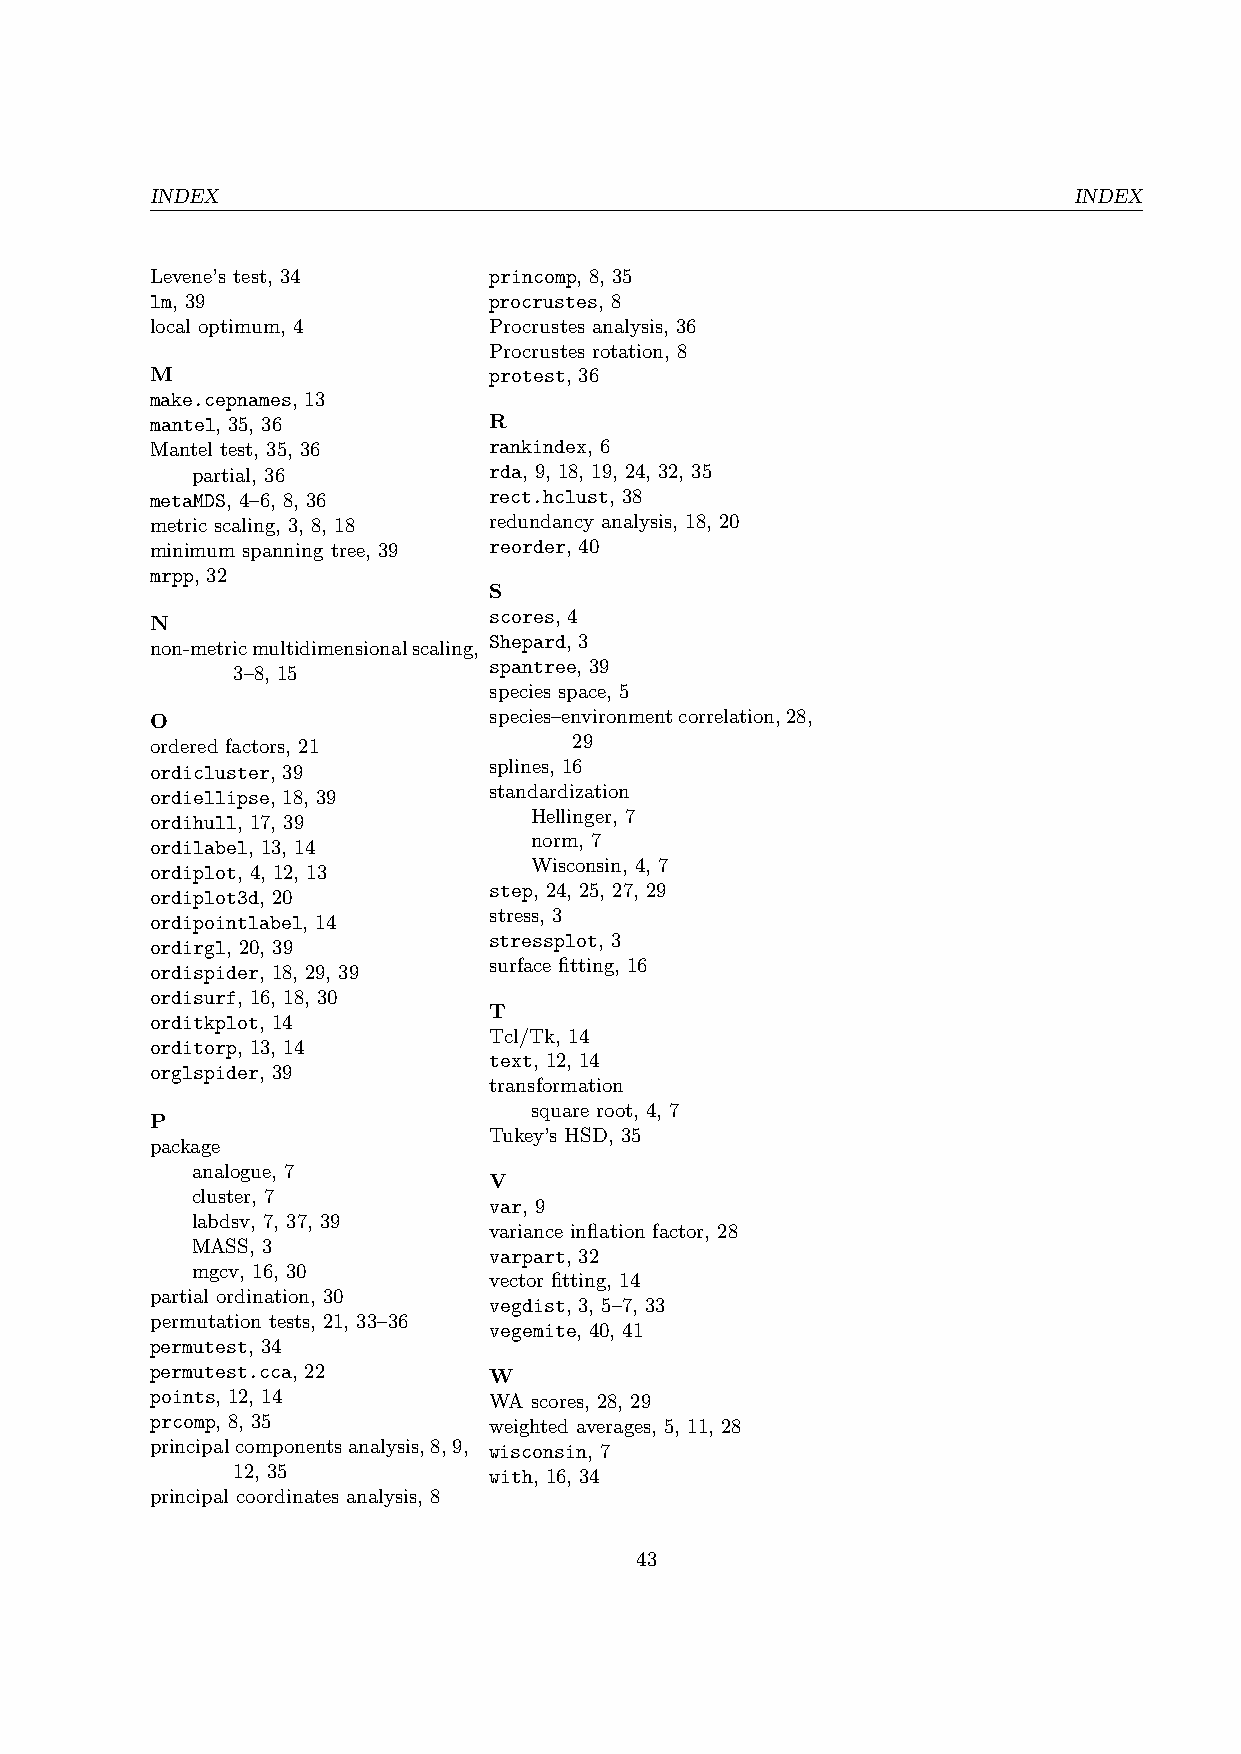
INDEX                                                        INDEX
 Levene’s test, 34     princomp, 8, 35
 lm, 39                procrustes, 8
 local optimum, 4      Procrustes analysis, 36
 Procrustes rotation, 8
 M                     protest, 36
 make.cepnames, 13
 mantel, 35, 36        R
 Mantel test, 35, 36   rankindex, 6
 partial, 36        rda, 9, 18, 19, 24, 32, 35
 metaMDS, 4–6, 8, 36   rect.hclust, 38
 metric scaling, 3, 8, 18 redundancy analysis, 18, 20
 minimum spanning tree, 39 reorder, 40
 mrpp, 32
 S
 scores, 4
 N
 Shepard, 3
 non-metricmultidimensionalscaling,
 spantree, 39
 3–8, 15
 species space, 5
 O                     species–environmentcorrelation,28,
 ordered factors, 21         29
 ordicluster, 39       splines, 16
 ordiellipse, 18, 39   standardization
 ordihull, 17, 39         Hellinger, 7
 norm, 7
 ordilabel, 13, 14
 Wisconsin, 4, 7
 ordiplot, 4, 12, 13
 ordiplot3d, 20
 step, 24, 25, 27, 29
 stress, 3
 ordipointlabel, 14
 stressplot, 3
 ordirgl, 20, 39
 surface fitting, 16
 ordispider, 18, 29, 39
 ordisurf, 16, 18, 30
 T
 orditkplot, 14
 Tcl/Tk, 14
 orditorp, 13, 14
 text, 12, 14
 orglspider, 39
 transformation
 square root, 4, 7
 P
 Tukey’s HSD, 35
 package
 analogue, 7
 V
 cluster, 7
 var, 9
 labdsv, 7, 37, 39
 variance inflation factor, 28
 MASS, 3
 varpart, 32
 mgcv, 16, 30
 vector fitting, 14
 partial ordination, 30
 vegdist, 3, 5–7, 33
 permutation tests, 21, 33–36
 vegemite, 40, 41
 permutest, 34
 permutest.cca, 22     W
 points, 12, 14        WA scores, 28, 29
 prcomp, 8, 35         weighted averages, 5, 11, 28
 principalcomponentsanalysis,8,9, wisconsin, 7
 12, 35           with, 16, 34
 principal coordinates analysis, 8
 43